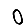
Digit: 0